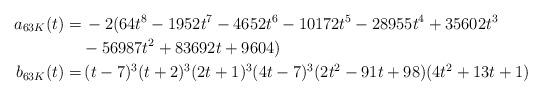
LaTeX: \begin{align*}a_{63K}(t)=& \, -2(64 t^8 - 1952 t^7 - 4652 t^6 - 10172 t^5 - 28955 t^4 + 35602 t^3 \\& \mbox{}- 56987 t^2 + 83692 t + 9604) \\b_{63K}(t)=&\, (t - 7)^3 (t + 2)^3 (2 t + 1)^3 (4 t - 7)^3 (2 t^2 - 91 t + 98) (4 t^2 + 13 t + 1)\end{align*}